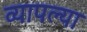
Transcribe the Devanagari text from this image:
व्यापल्या